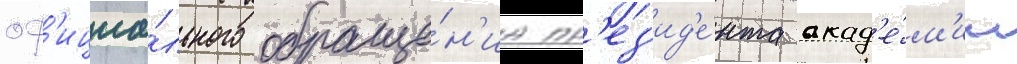
оф'ициа́льного обраще́н'иа пр'ез'ид'е́нта акад'е́м'ии